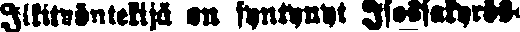
Ilkityöntekijä on syntynyt Isossakyrös-